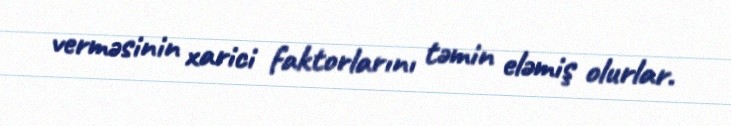
verməsinin xarici faktorlarını təmin eləmiş olurlar.